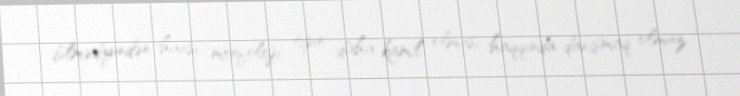
bilmədiyindən hansı morfoloji tipin daha kamil olması haqqında danışmaq olmaz.